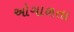
ઓગાળતા